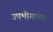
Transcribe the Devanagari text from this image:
उपभोगाच्या